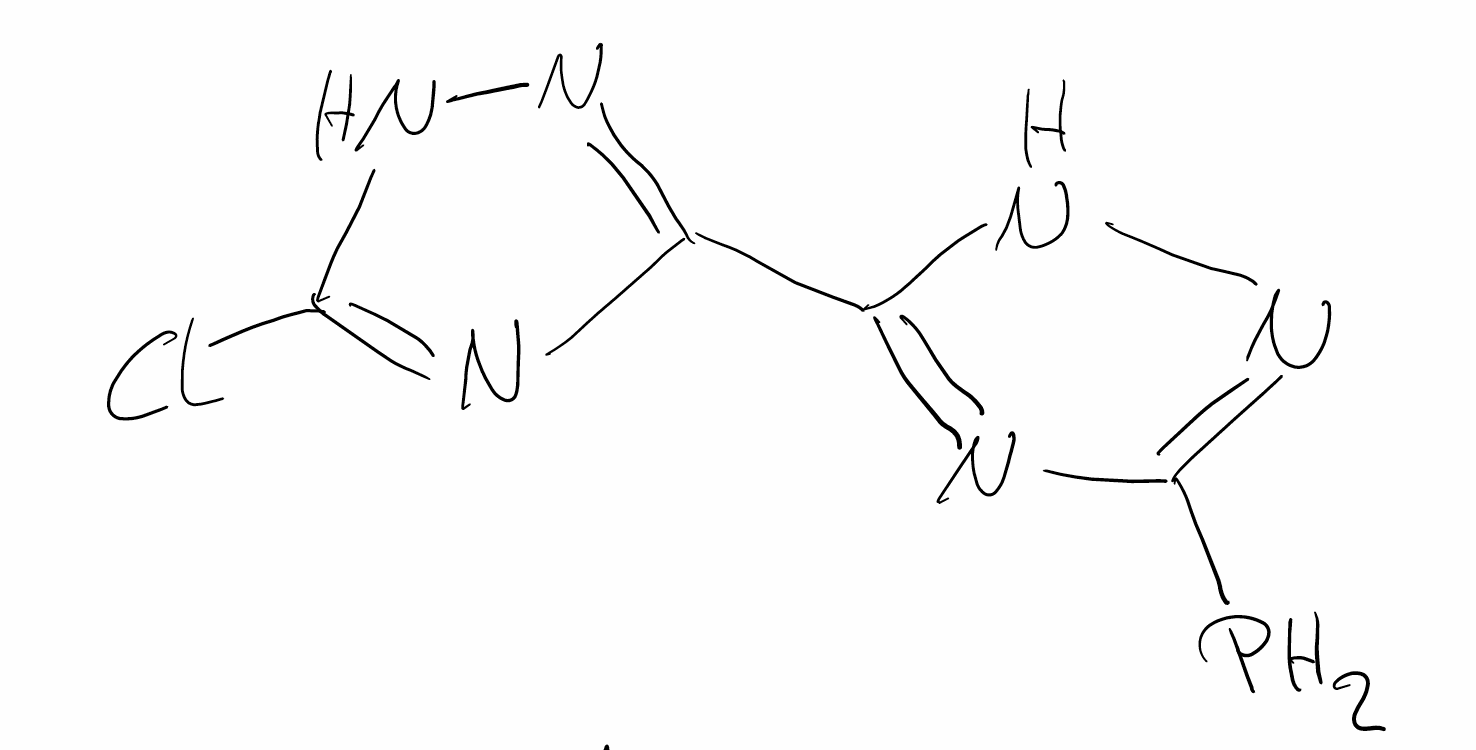
Simplified molecular-input line-entry system (SMILES) notation of the given molecule:
C1(=NC(=NN1)P)C2=NNC(=N2)Cl